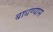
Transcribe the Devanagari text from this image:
बाधण्यास